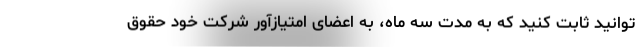
توانید ثابت کنید که به مدت سه ماه، به اعضای امتیازآور شرکت خود حقوق